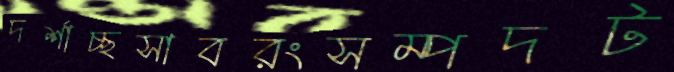
দর্শাচ্ছসাবরংসম্পদট